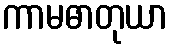
ကာမဓာတုယာ